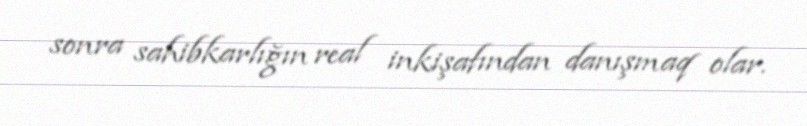
sonra sahibkarlığın real inkişafından danışmaq olar.